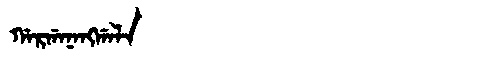
Manchu: ᡤᠠᡵᡤᠠᠨᠠᠩᡤᠠᠯᠠ
Romanization: GARGANANGGALA